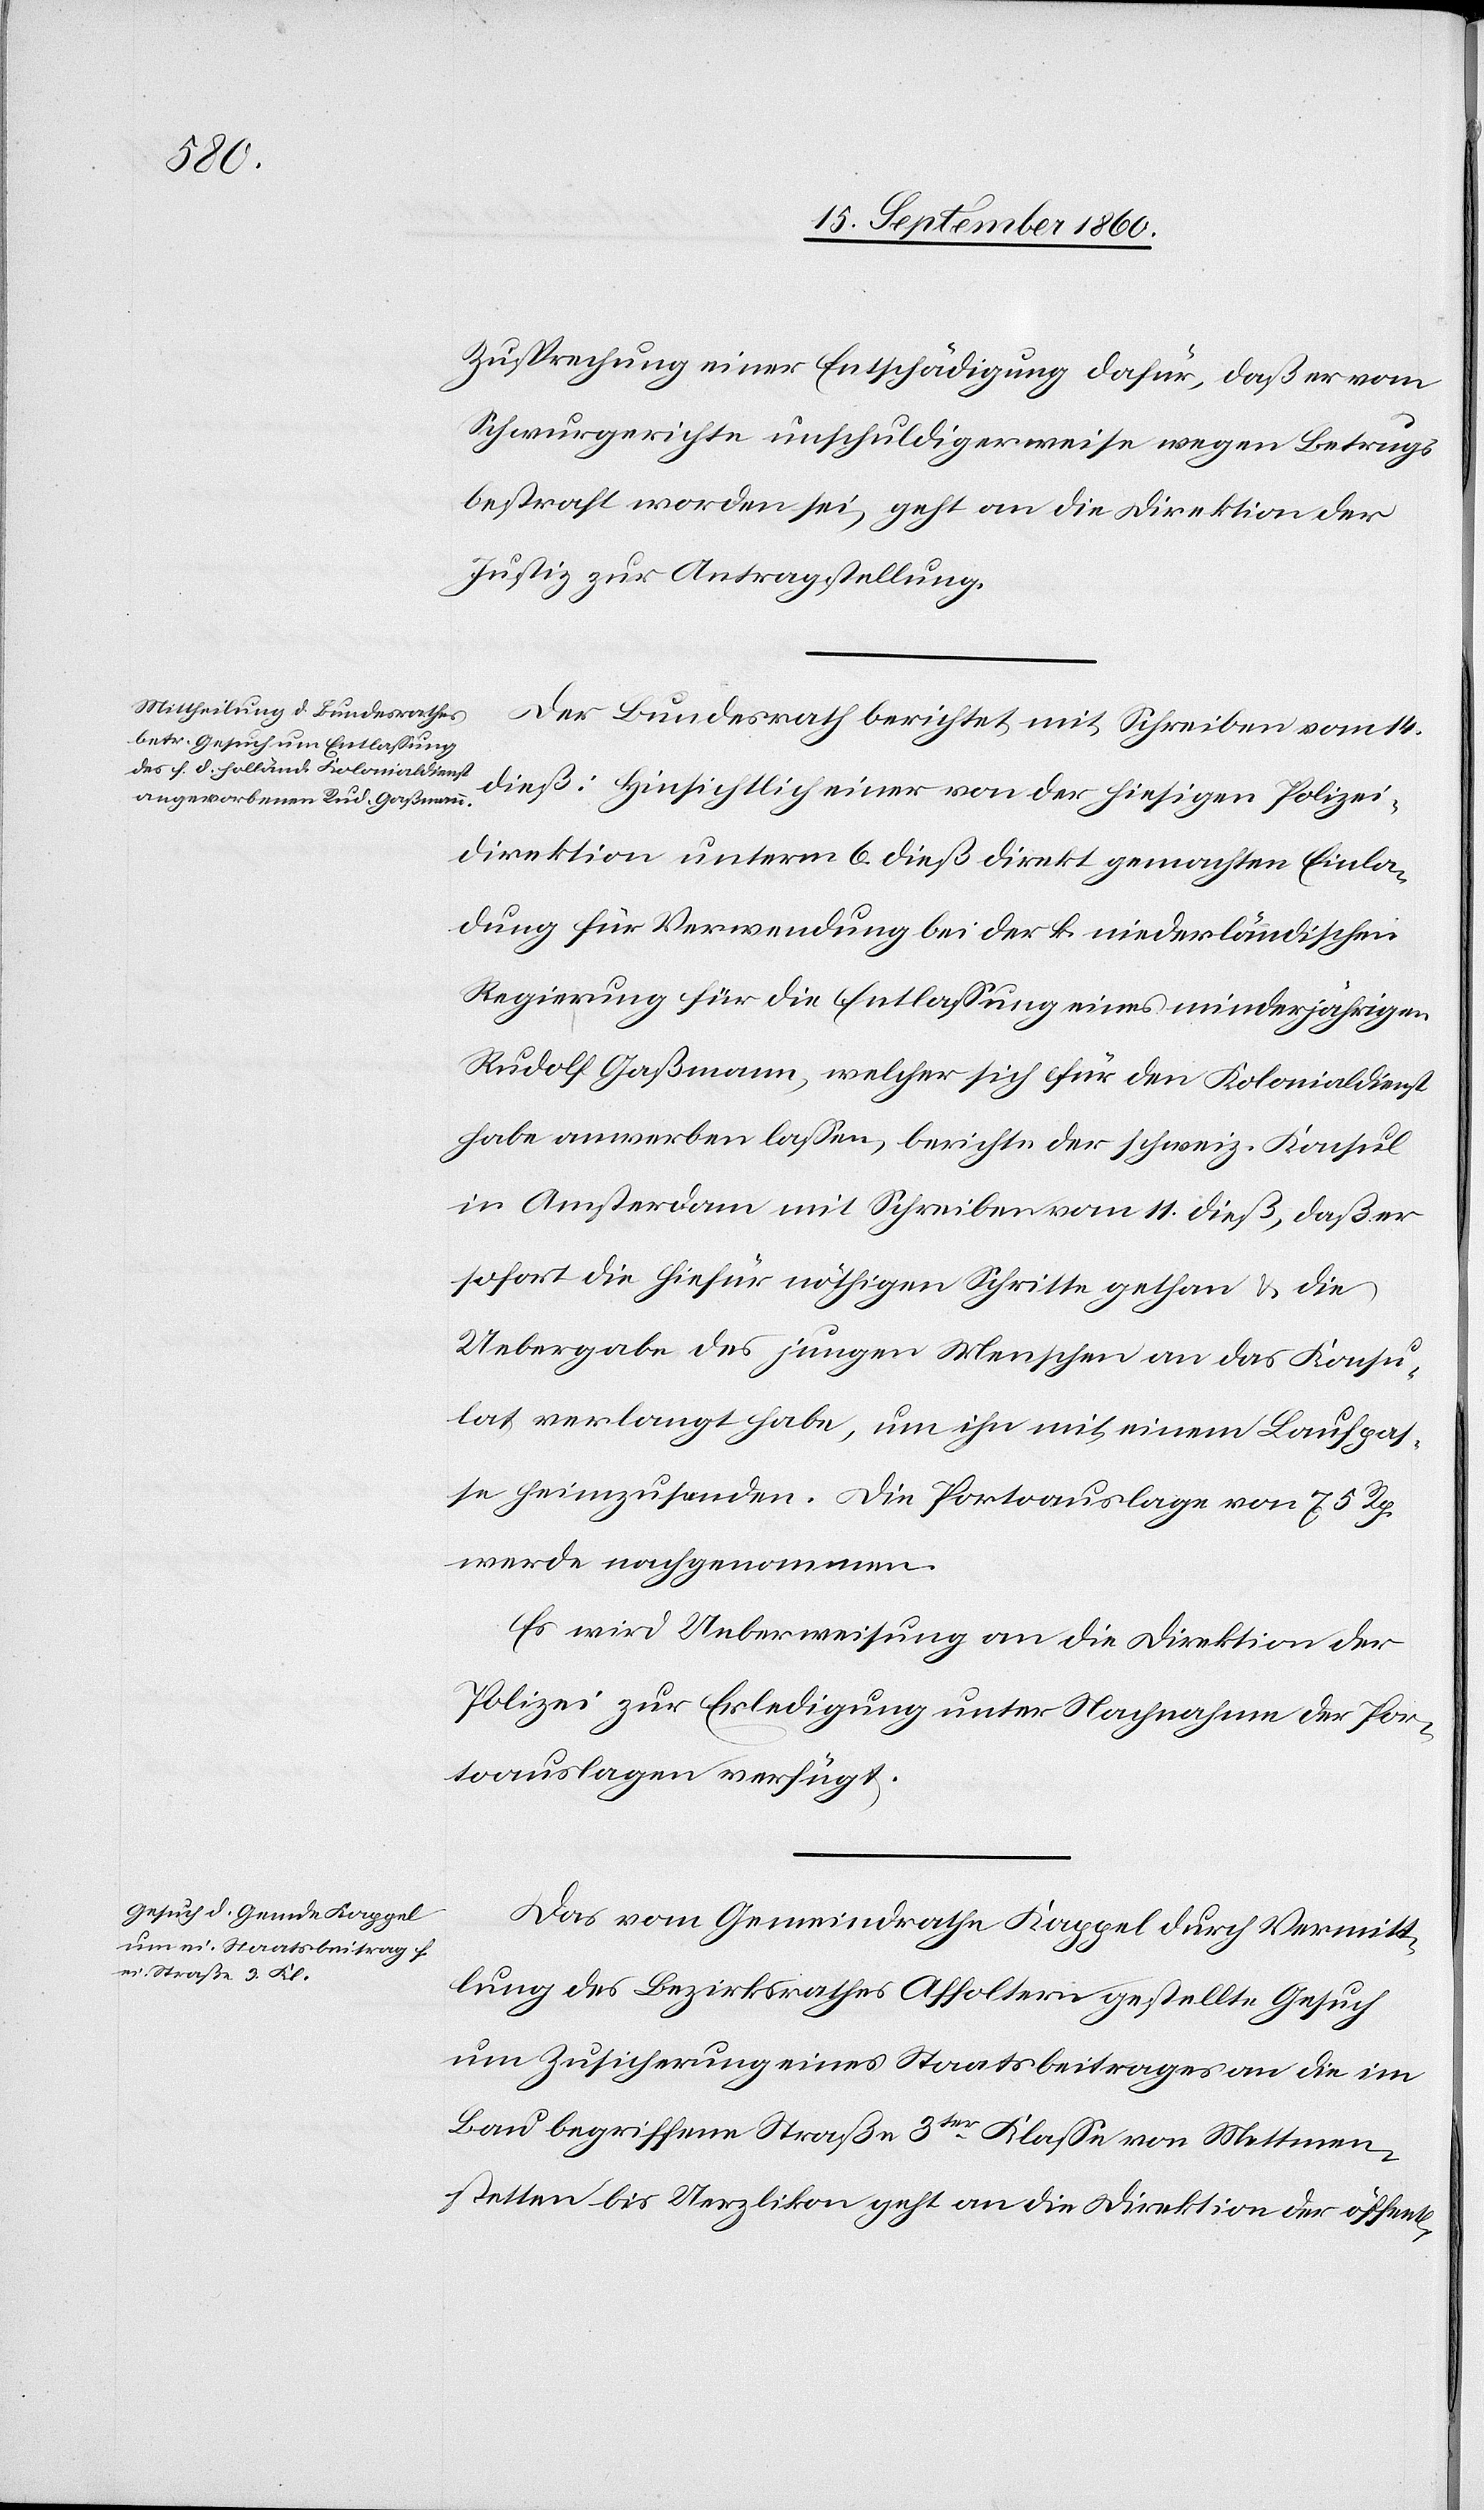
t[lichen]
17. Septbr. 1860.]
Zusprechung einer Entschädigung dafür, daß er vom
Schwurgerichte unschuldigerweise wegen Betrugs
bestraft worden sei, geht an die Direktion der
Justiz zur Antragstellung.
Der Bundesrath berichtet mit Schreiben vom 14.
dieß: Hinsichtlich einer von der hiesigen Polizei¬
direktion unterm 6. dieß direkt gemachten Einla¬
dung für Verwendung bei der k. niederländischen
Regierung für die Entlassung eines minderjährigen
Rudolf Gaßmann, welcher sich für den Kolonialdienst
habe anwerben lassen, berichte der schweiz. Konsul
in Amsterdam mit Schreiben vom 11. dieß, daß er
sofort die hiefür nöthigen Schritte gethan & die
Uebergabe des jungen Menschen an das Konsu¬
lat verlangt habe, um ihn mit einem Laufpas¬
se heimzusenden. Die Portoauslagen von 75 Rp.
werden nachgenommen.
Es wird Ueberweisung an die Direktion der
Polizei zur Erledigung unter Nachnahme der Por¬
toauslagen verfügt.
Das vom Gemeindrathe Kappel durch Vermitt¬
lung des Bezirksrathes Affoltern gestellte Gesuch
um Zusicherung eines Staatsbeitrages an die im
Land begriffene Straße 3ter Klasse von Mettmen¬
stetten bis Uerzlikon geht an die Direktion der öffen¬